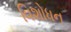
વિશોધન